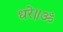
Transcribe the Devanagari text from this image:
धरे॥ॐ